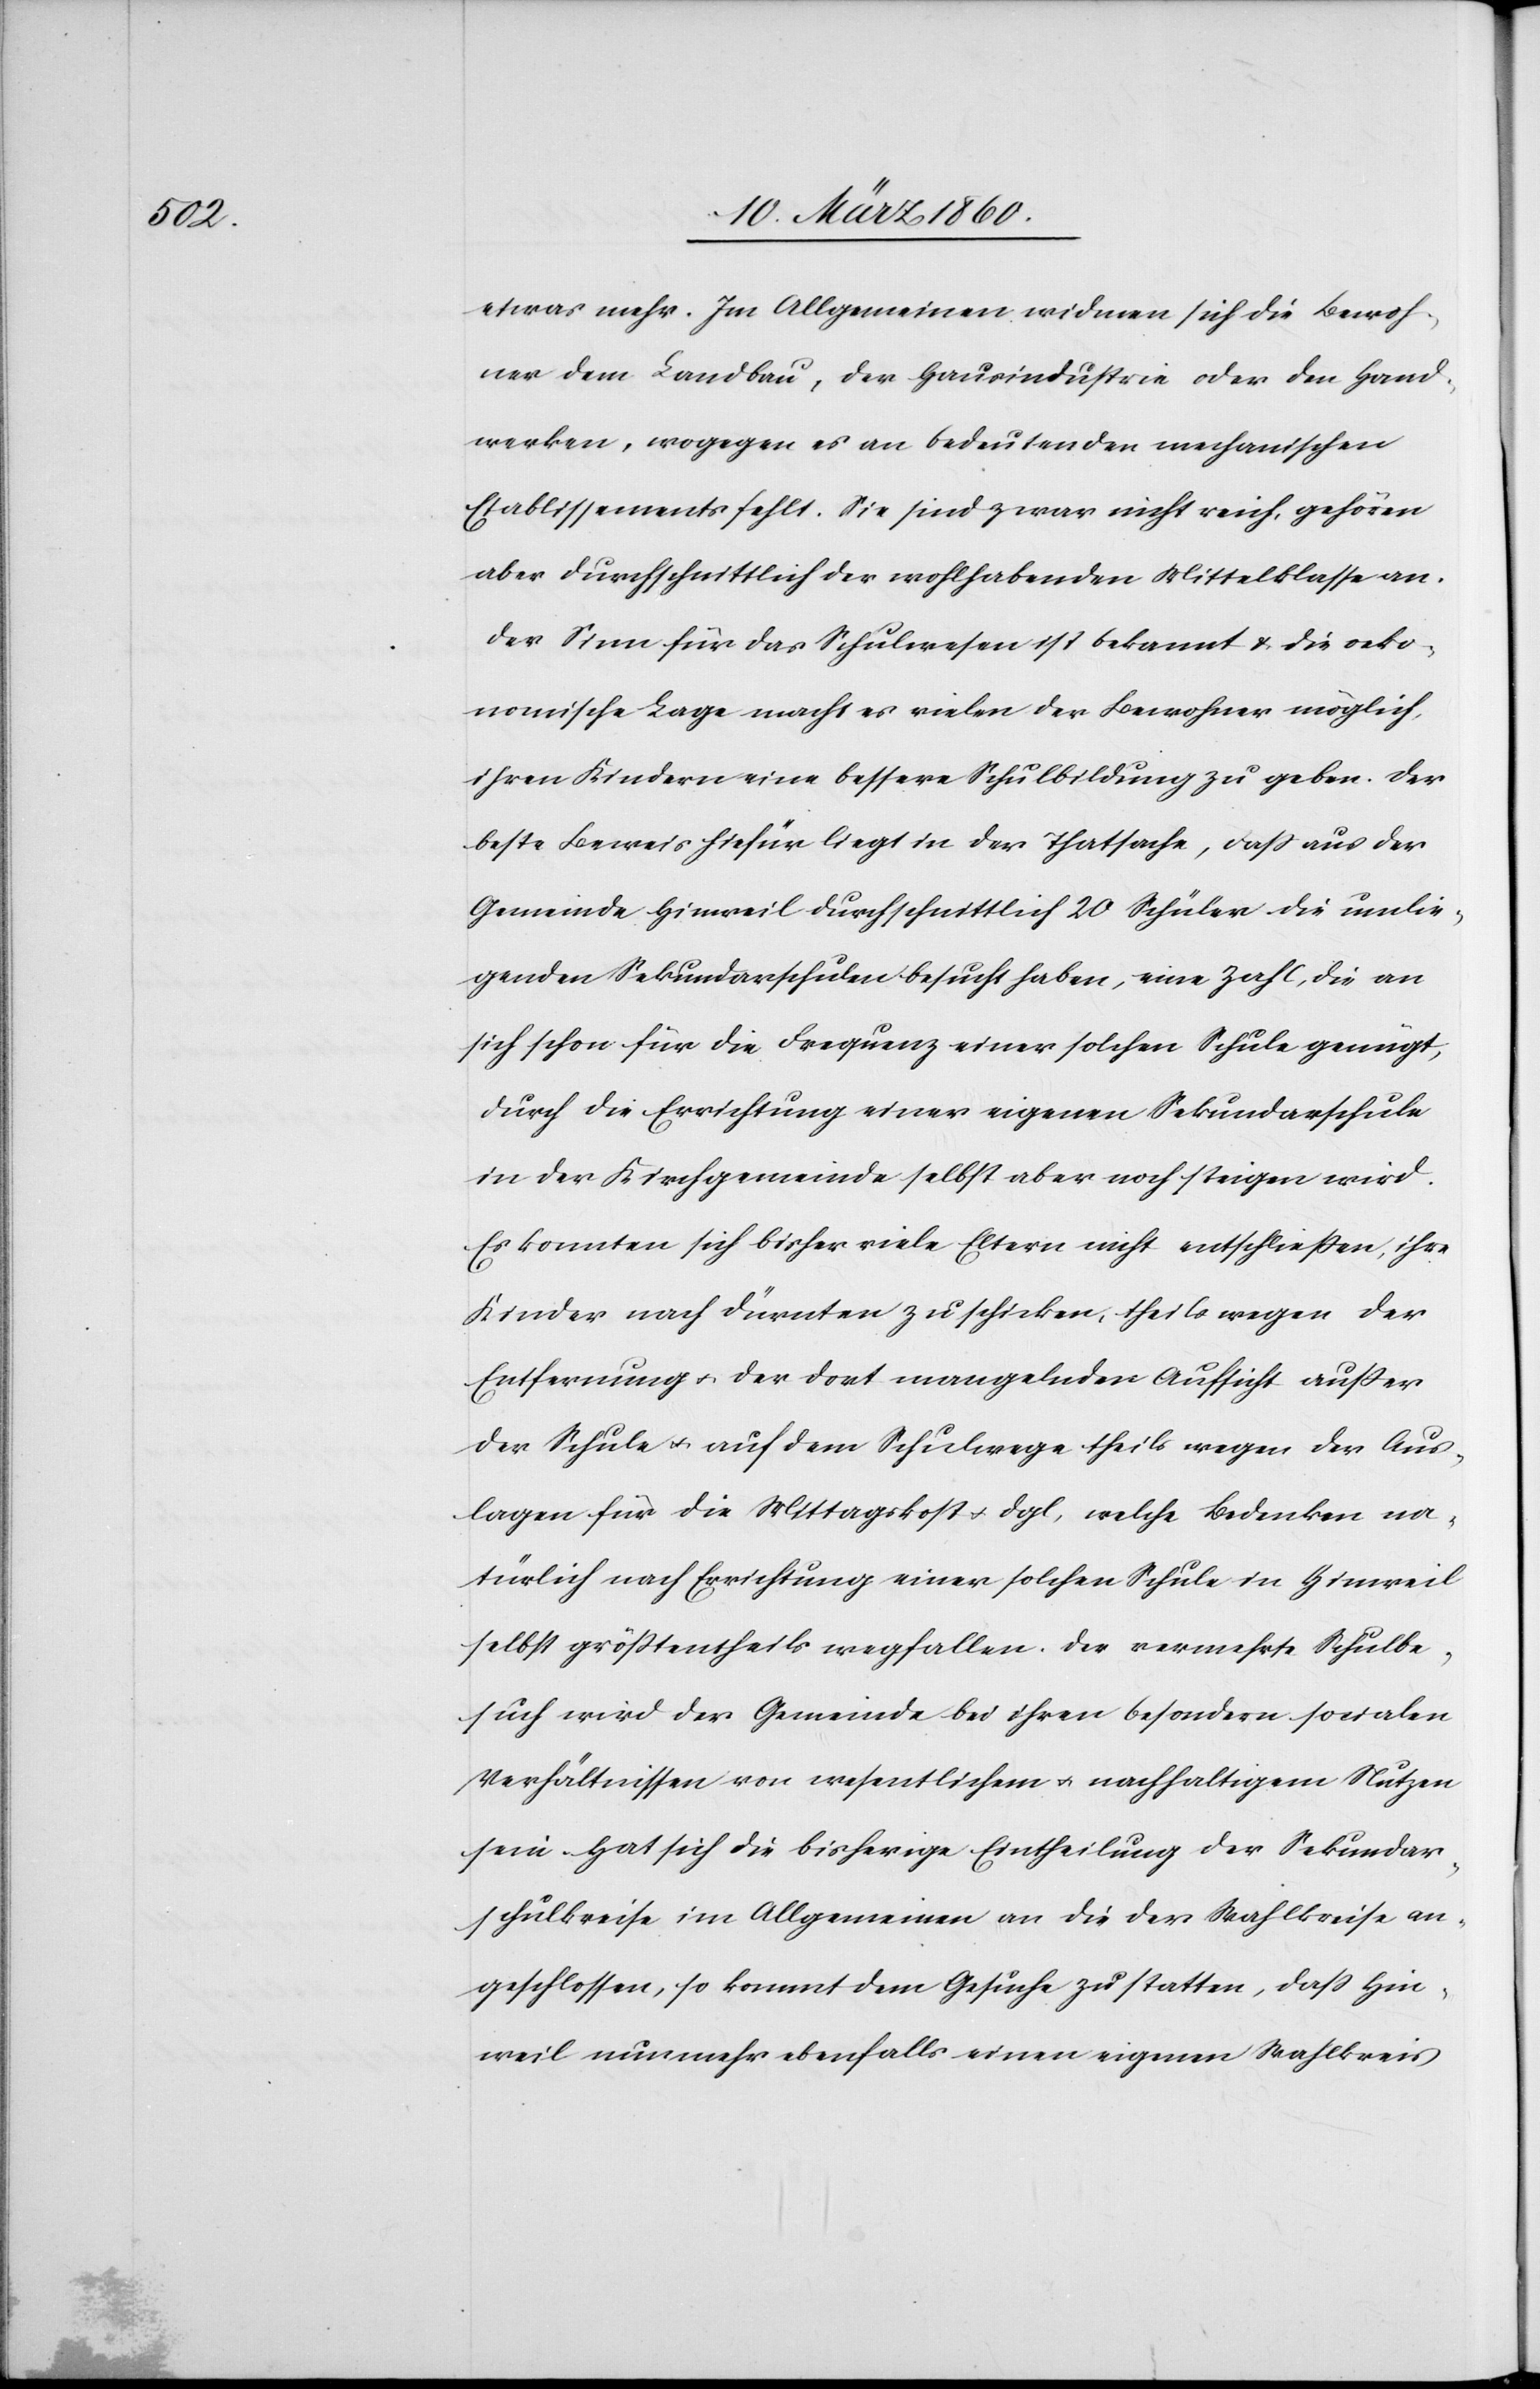
etwas mehr. Im Allgemeinen widmen sich die Bewoh¬
ner dem Landbau, der Hausindustrie oder den Hand¬
werken, wogegen es an bedeutenden mechanischen
Etablissements fehlt. Sie sind zwar nicht reich, gehören
aber durchschnittlich der wohlhabenden Mittelklasse an.
Der Sinn für das Schulwesen ist bekannt u. die oeko¬
nomische Lage macht es vielen der Bewohner möglich,
ihren Kindern eine bessere Schulbildung zu geben. Der
beste Beweis hiefür liegt in der Thatsache, dass aus der
Gemeinde Hinweil durchschnittlich 20 Schüler die umlie¬
genden Sekundarschulen besucht haben, eine Zahl, die an
sich schon für die Frequenz einer solchen Schule genügt,
durch die Errichtung einer eigenen Sekundarschule
in der Kirchgemeinde selbst aber noch steigen wird.
Es konnten sich bisher viele Eltern nicht entschliessen, ihre
Kinder nach Dürnten zu schicken, theils wegen der
Entfernung u. der dort mangelnden Aufsicht ausser
der Schule u. auf dem Schulwege theils wegen der Aus¬
lagen für die Mittagskost u. dgl, welche Bedenken na¬
türlich nach Errichtung einer solchen Schule in Hinweil
selbst grösstentheils wegfallen. Der vermehrte Schulbe¬
such wird der Gemeinde bei ihren besondern socialen
Verhältnissen von wesentlichem u. nachhaltigem Nutzen
sein. Hat sich die bisherige Eintheilung der Sekundar¬
schulkreise im Allgemeinen an die der Wahlkreise an¬
geschlossen, so kommt dem Gesuch zu statten, dass Hin¬
weil nunmehr ebenfalls einen eigenen Wahlkreis